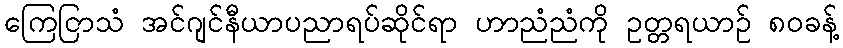
ကြေငြာသံ အင်ဂျင်နီယာပညာရပ်ဆိုင်ရာ ဟာညံညံကို ဥတ္တရယာဉ် ၈၀ခန့်